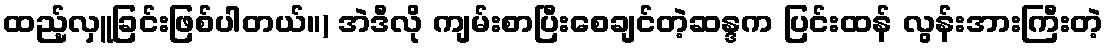
ထည့်လှူခြင်းဖြစ်ပါတယ်။) အဲဒီလို ကျမ်းစာပြီးစေချင်တဲ့ဆန္ဒက ပြင်းထန် လွန်းအားကြီးတဲ့